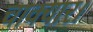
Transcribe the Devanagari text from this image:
चाक्यार।